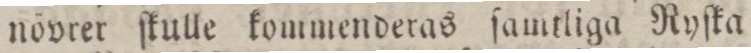
növrer ſkulle kommenderas ſamtliga Ryſka